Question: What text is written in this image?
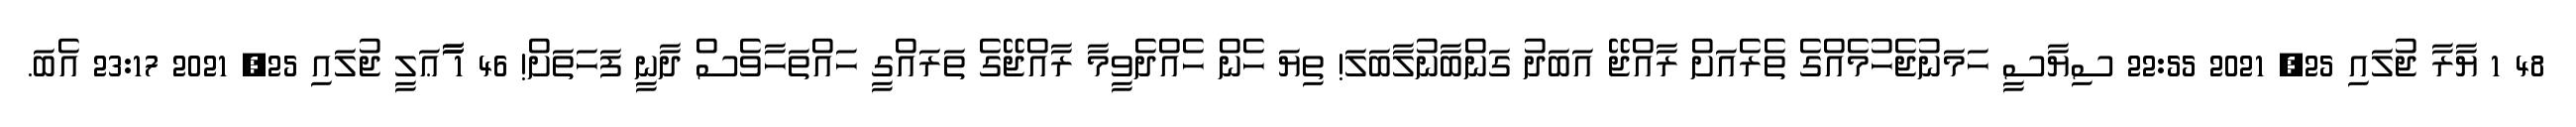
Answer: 48 1 ޔާރާ ޖުލައި 25, 2021 22:55 ސިޔާސީ ހަމަނުޖެހުމެއްގެ ތެރެއަށް ރާއްޖޭ އަބަދު ގަންބާނުލާބަލަ! ތިޔަ ހެން ހެއްދެވީމާ ރާއްޖޭގެ ތަރައްގީ ހައްތަހާވެސް ދާނީ ފަހަތަށް! 46 1 ާާާޢަލީ ޖުލައި 25, 2021 23:17 އެބަ.